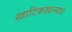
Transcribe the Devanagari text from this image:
खाटिकखान्यात